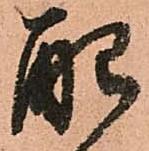
配